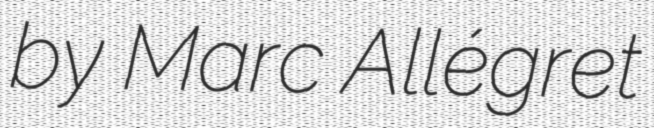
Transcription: by Marc Allégret